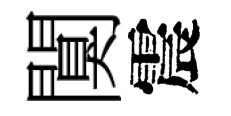
闃震